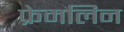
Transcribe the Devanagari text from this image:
फ्रेमलिन